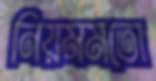
নিয়মমতো